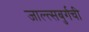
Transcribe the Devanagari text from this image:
जाल्त्सबुर्गची